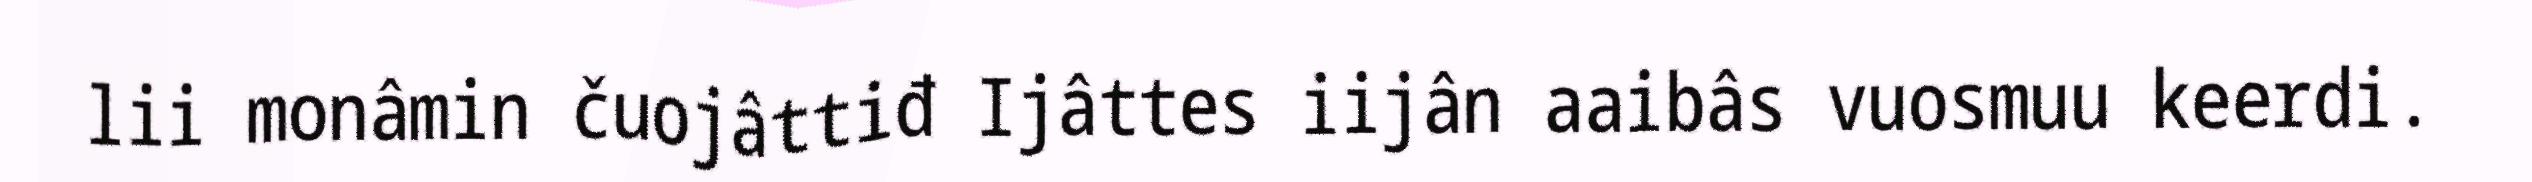
lii monâmin čuojâttiđ Ijâttes iijân aaibâs vuosmuu keerdi.